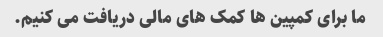
ما برای کمپین ها کمک های مالی دریافت می کنیم.